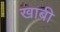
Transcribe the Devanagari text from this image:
खाबी